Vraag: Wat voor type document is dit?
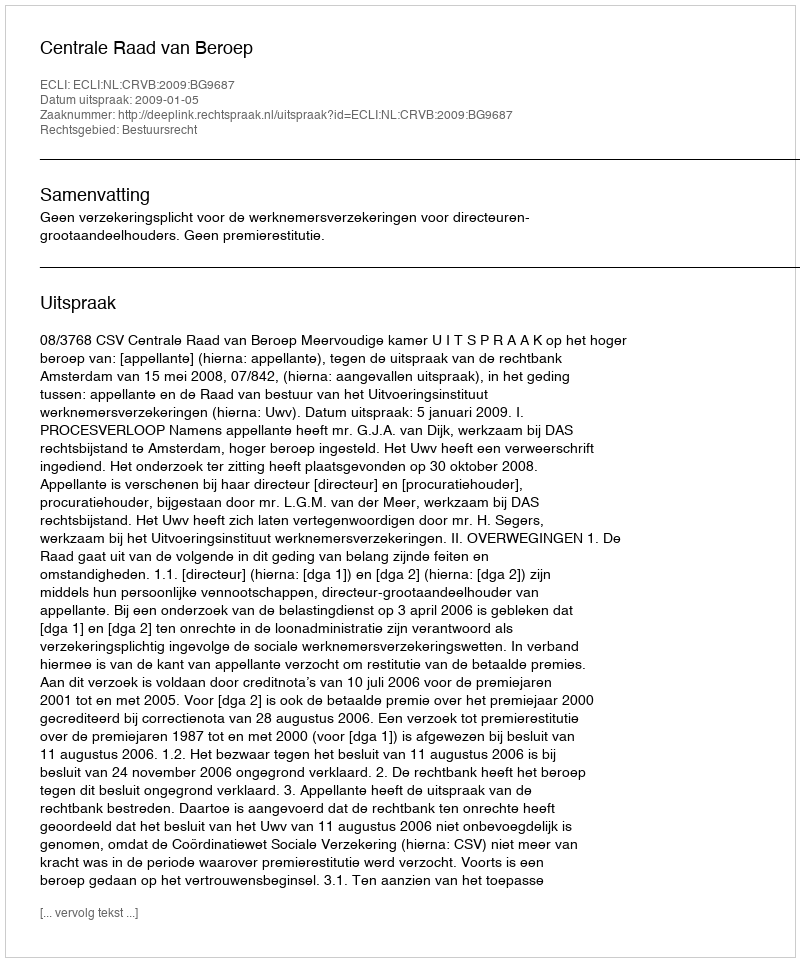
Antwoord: Uitspraak